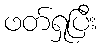
ဖတ်ရှုပြီး